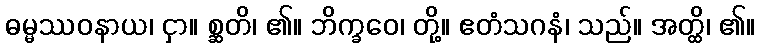
ဓမ္မဿဝနာယ၊ ငှာ။ စ္ဆတိ၊ ၏။ ဘိက္ခဝေ၊ တို့။ ဧတံသဂနံ၊ သည်။ အတ္ထိ၊ ၏။